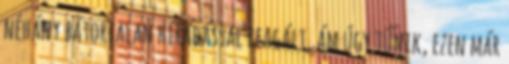
néhány bátortalan híradással reagált, ám úgy tűnik, ezen már